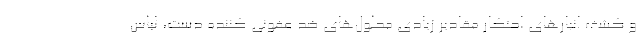
و کشف انبارهای احتکار مقادیر زیادی محلول‌های ضد عفونی کننده دست، لباس